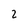
Character: 2